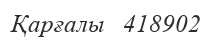
Қарғалы   418902